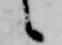
候